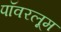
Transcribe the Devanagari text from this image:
पॉवरलूम